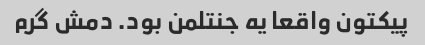
پیکتون واقعا یه جنتلمن بود. دمش گرم